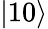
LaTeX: |10\rangle